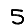
Digit: 5